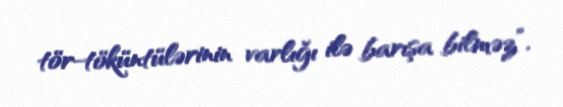
tör-töküntülərinin varlığı ilə barışa bilməz”.